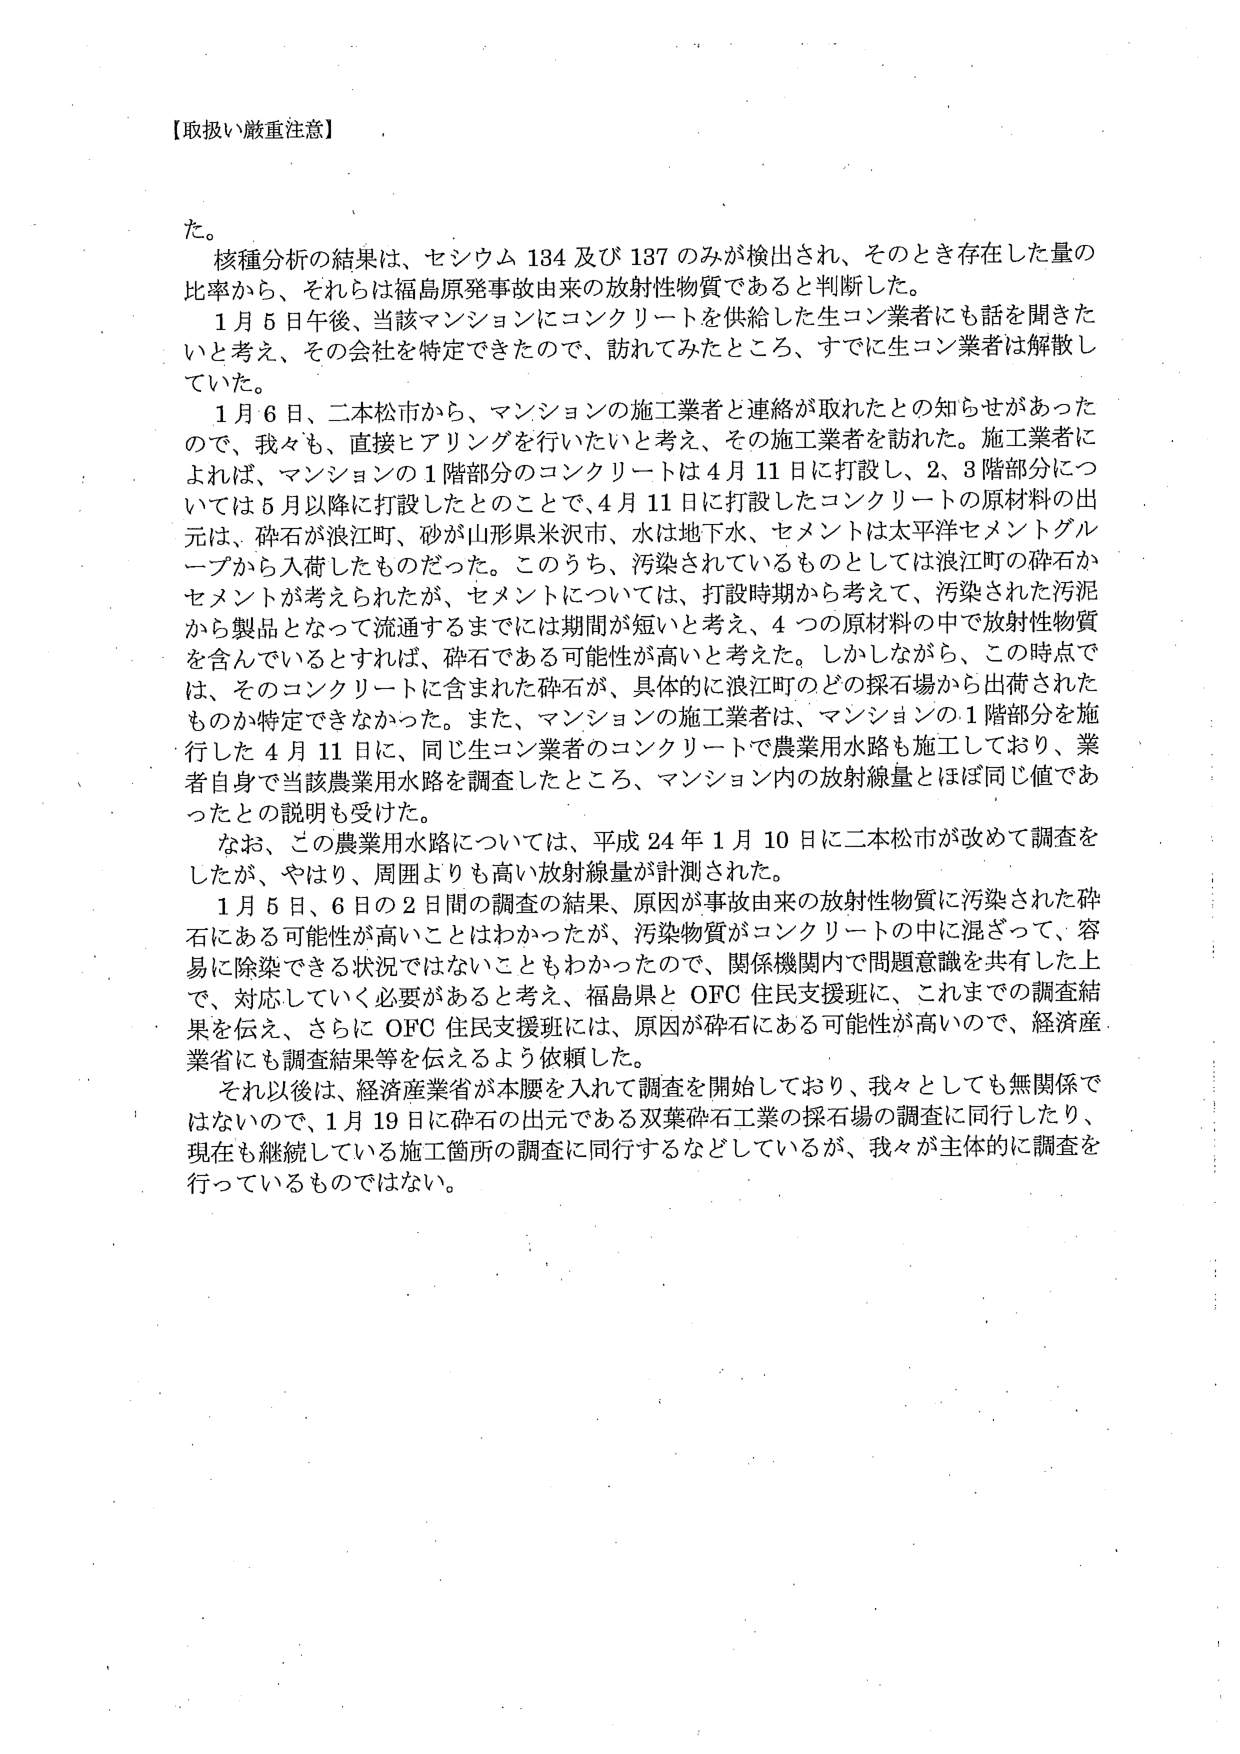
【取扱い厳重注意】

た。
核種分析の結果は、セシウム 134 及び 137 のみが検出され、そのとき存在した量の
比率から、それらは福島原発事故由来の放射性物質であると判断した。
1月5日午後、当該マンションにコンクリートを供給した生コン業者にも話を聞きた
いと考え、その会社を特定できたので、訪れてみたところ、すでに生コン業者は解散し
ていた。
1月6日、二本松市から、マンションの施工業者と連絡が取れたとの知らせがあった
ので、我々も、直接ヒアリングを行いたいと考え、その施工業者を訪れた。施工業者に
よれば、マンションの1階部分のコンクリートは4月11日に打設し、2、3階部分につ
いては5月以降に打設したとのことで、4月11日に打設したコンクリートの原材料の出
元は、砕石が浪江町、砂が山形県米沢市、水は地下水、セメントは太平洋セメントグル
ープから入荷したものだった。このうち、汚染されているものとしては浪江町の砕石か
セメントが考えられたが、セメントについては、打設時期から考えて、汚染された汚泥
から製品となって流通するまでには期間が短いと考え、4つの原材料の中で放射性物質
を含んでいるとすれば、砕石である可能性が高いと考えた。しかしながら、この時点で
は、そのコンクリートに含まれた砕石が、具体的に浪江町のどの採石場から出荷された
ものか特定できなかった。また、マンションの施工業者は、マンションの1階部分を施
行した4月11日に、同じ生コン業者のコンクリートで農業用水路も施工しており、業
者自身で当該農業用水路を調査したところ、マンション内の放射線量とほぼ同じ値であ
ったとの説明も受けた。
なお、この農業用水路については、平成24年1月10日に二本松市が改めて調査を
したが、やはり、周囲よりも高い放射線量が計測された。
1月5日、6日の2日間の調査の結果、原因が事故由来の放射性物質に汚染された砕
石にある可能性が高いことはわかったが、汚染物質がコンクリートの中に混ざって、容
易に除染できる状況ではないこともわかったので、関係機関内で問題意識を共有した上
で、対応していく必要があると考え、福島県とOFC住民支援班に、これまでの調査結
果を伝え、さらにOFC住民支援班には、原因が砕石にある可能性が高いので、経済産
業省にも調査結果等を伝えるよう依頼した。
それ以後は、経済産業省が本腰を入れて調査を開始しており、我々としても無関係で
はないので、1月19日に砕石の出元である双葉砕石工業の採石場の調査に同行したり、
現在も継続している施工箇所の調査に同行するなどしているが、我々が主体的に調査を
行っているものではない。